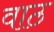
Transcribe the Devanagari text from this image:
वाठ